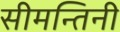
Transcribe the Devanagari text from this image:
सीमन्तिनी